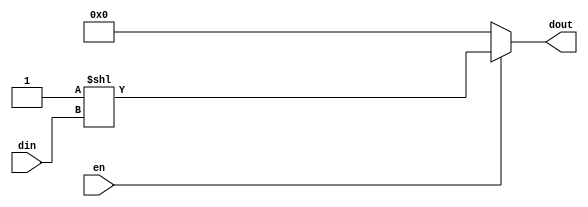
module decode38(en, din, dout);
    input en;
    input [2:0] din;
    output reg [7:0] dout;
    
    always @(*) begin
        if (~en) begin
            dout <= 8'b0;
        end else begin
            dout <= 8'b1 << din;
        end
    end
endmodule